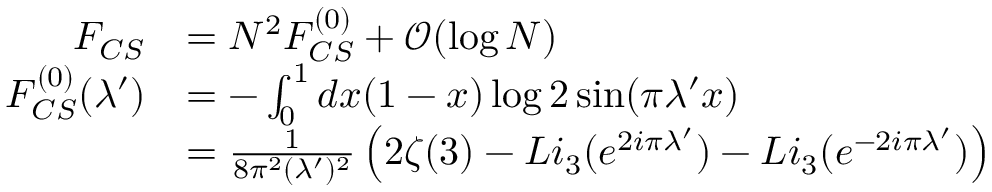
\begin{array} { r l } { F _ { C S } } & { = N ^ { 2 } F _ { C S } ^ { ( 0 ) } + { \mathcal O } ( \log N ) } \\ { F _ { C S } ^ { ( 0 ) } ( \lambda ^ { \prime } ) } & { = - \int _ { 0 } ^ { 1 } d x ( 1 - x ) \log 2 \sin ( \pi \lambda ^ { \prime } x ) } \\ & { = \frac { 1 } { 8 \pi ^ { 2 } ( \lambda ^ { \prime } ) ^ { 2 } } \left( 2 \zeta ( 3 ) - L i _ { 3 } ( e ^ { 2 i \pi \lambda ^ { \prime } } ) - L i _ { 3 } ( e ^ { - 2 i \pi \lambda ^ { \prime } } ) \right) } \end{array}